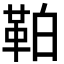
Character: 𩊀